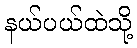
နယ်ပယ်ထဲသို့